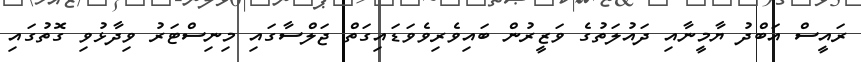
ރައީސް އަބްދު ޔާމީނާއި ދައުލަތުގެ ވަޒީރުން ބައިވެރިވެވަޑައިގަތް ޖަލްސާގައި މިނިސްޓަރު ވިދާޅުވި ގޮތުގައި